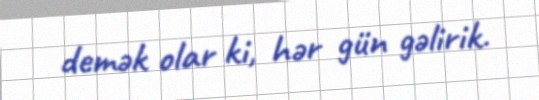
demək olar ki, hər gün gəlirik.